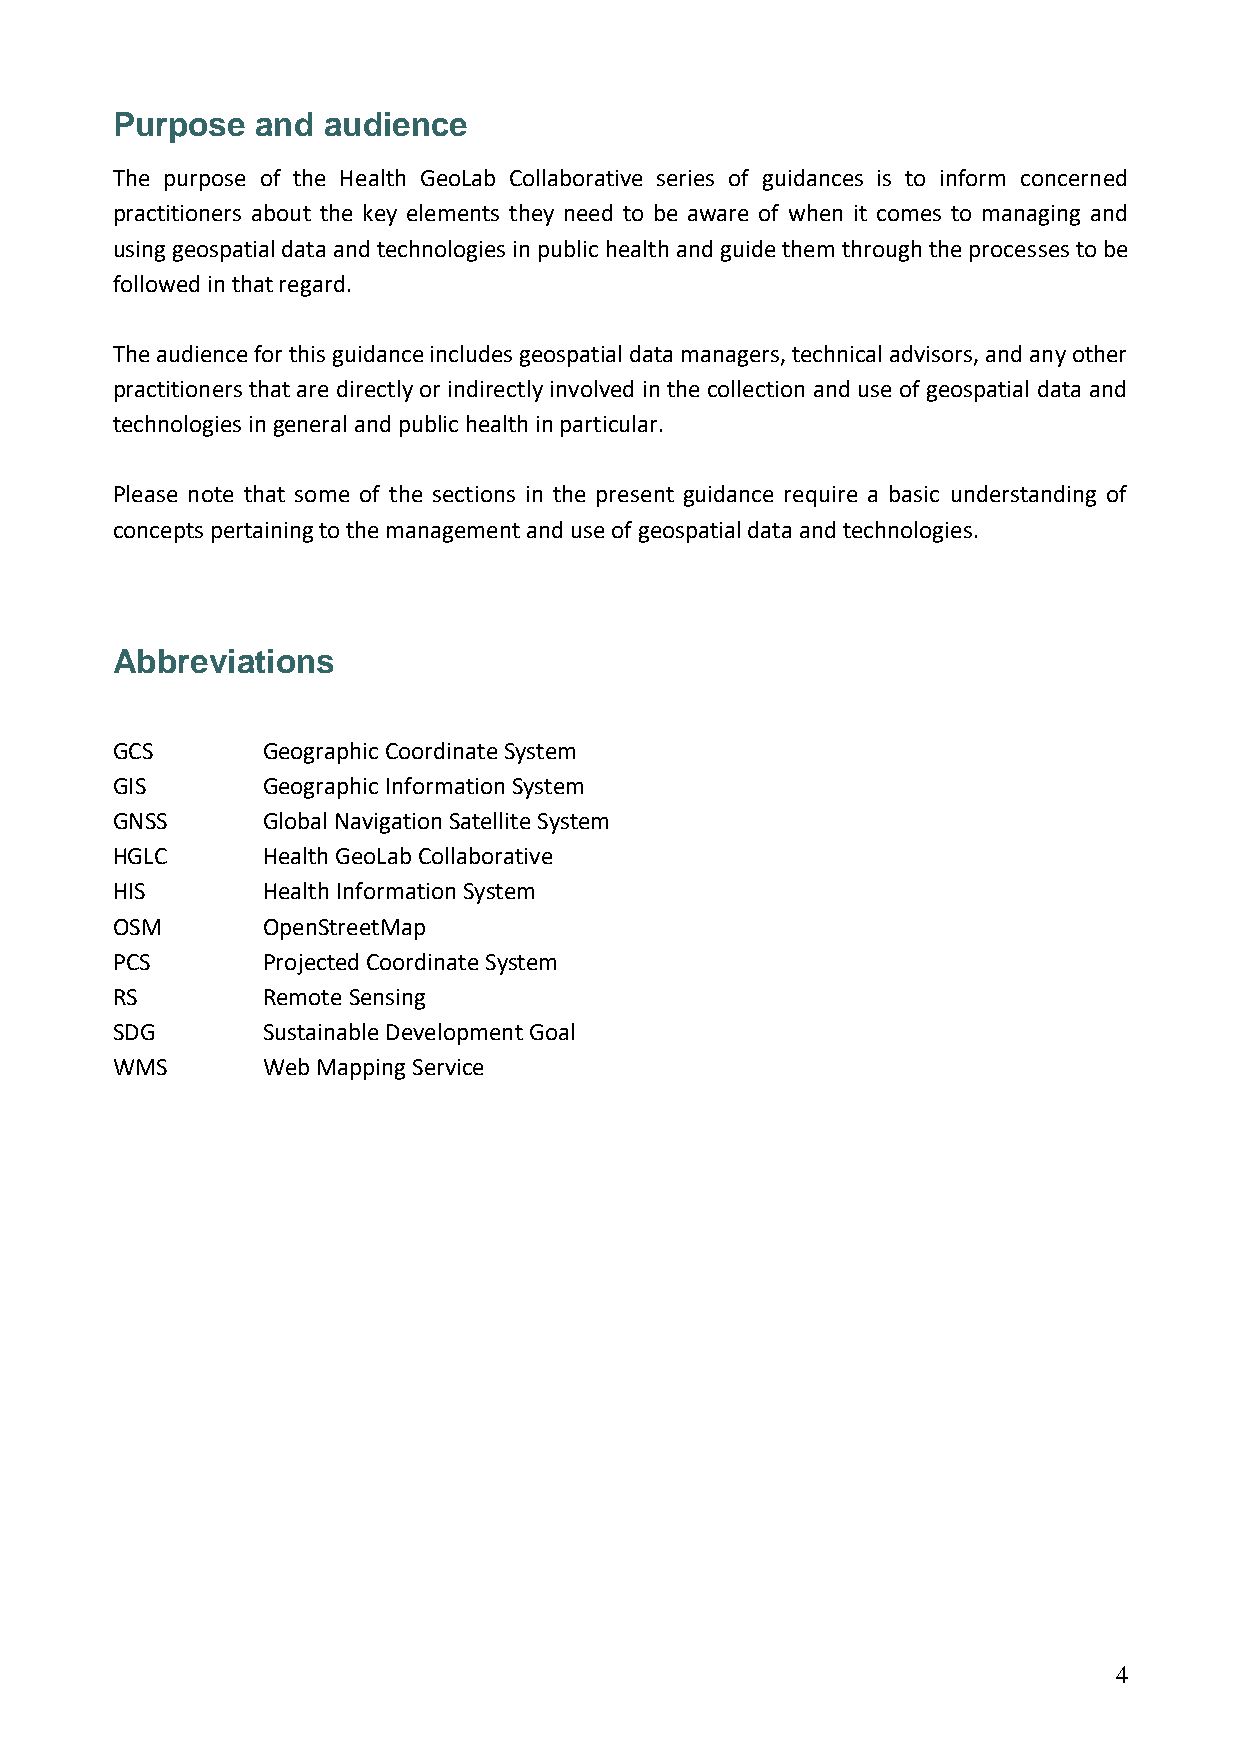
Purpose   and audience
 The purpose of the Health GeoLab Collaborative series of guidances is to inform concerned
 practitioners about the key elements they need to be aware of when it comes to managing and
 using geospatial data and technologies in public health and guide them through the processes to be
 followed in that regard.
 The audience for this guidance includes geospatial data managers, technical advisors, and any other
 practitioners that are directly or indirectly involved in the collection and use of geospatial data and
 technologies in general and public health in particular.
 Please note that some of the sections in the present guidance require a basic understanding of
 concepts pertaining to the management and use of geospatial data and technologies.
 Abbreviations
 GCS       Geographic Coordinate System
 GIS       Geographic Information System
 GNSS      Global Navigation Satellite System
 HGLC      Health GeoLab Collaborative
 HIS       Health Information System
 OSM       OpenStreetMap
 PCS       Projected Coordinate System
 RS        Remote Sensing
 SDG       Sustainable Development Goal
 WMS       Web Mapping Service
 4